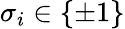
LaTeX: \sigma_{i}\in\{ \pm 1\}